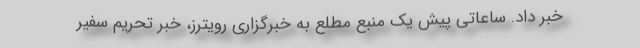
خبر داد. ساعاتی پیش یک منبع مطلع به خبرگزاری رویترز، خبر تحریم سفیر